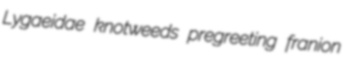
Lygaeidae knotweeds pregreeting franion